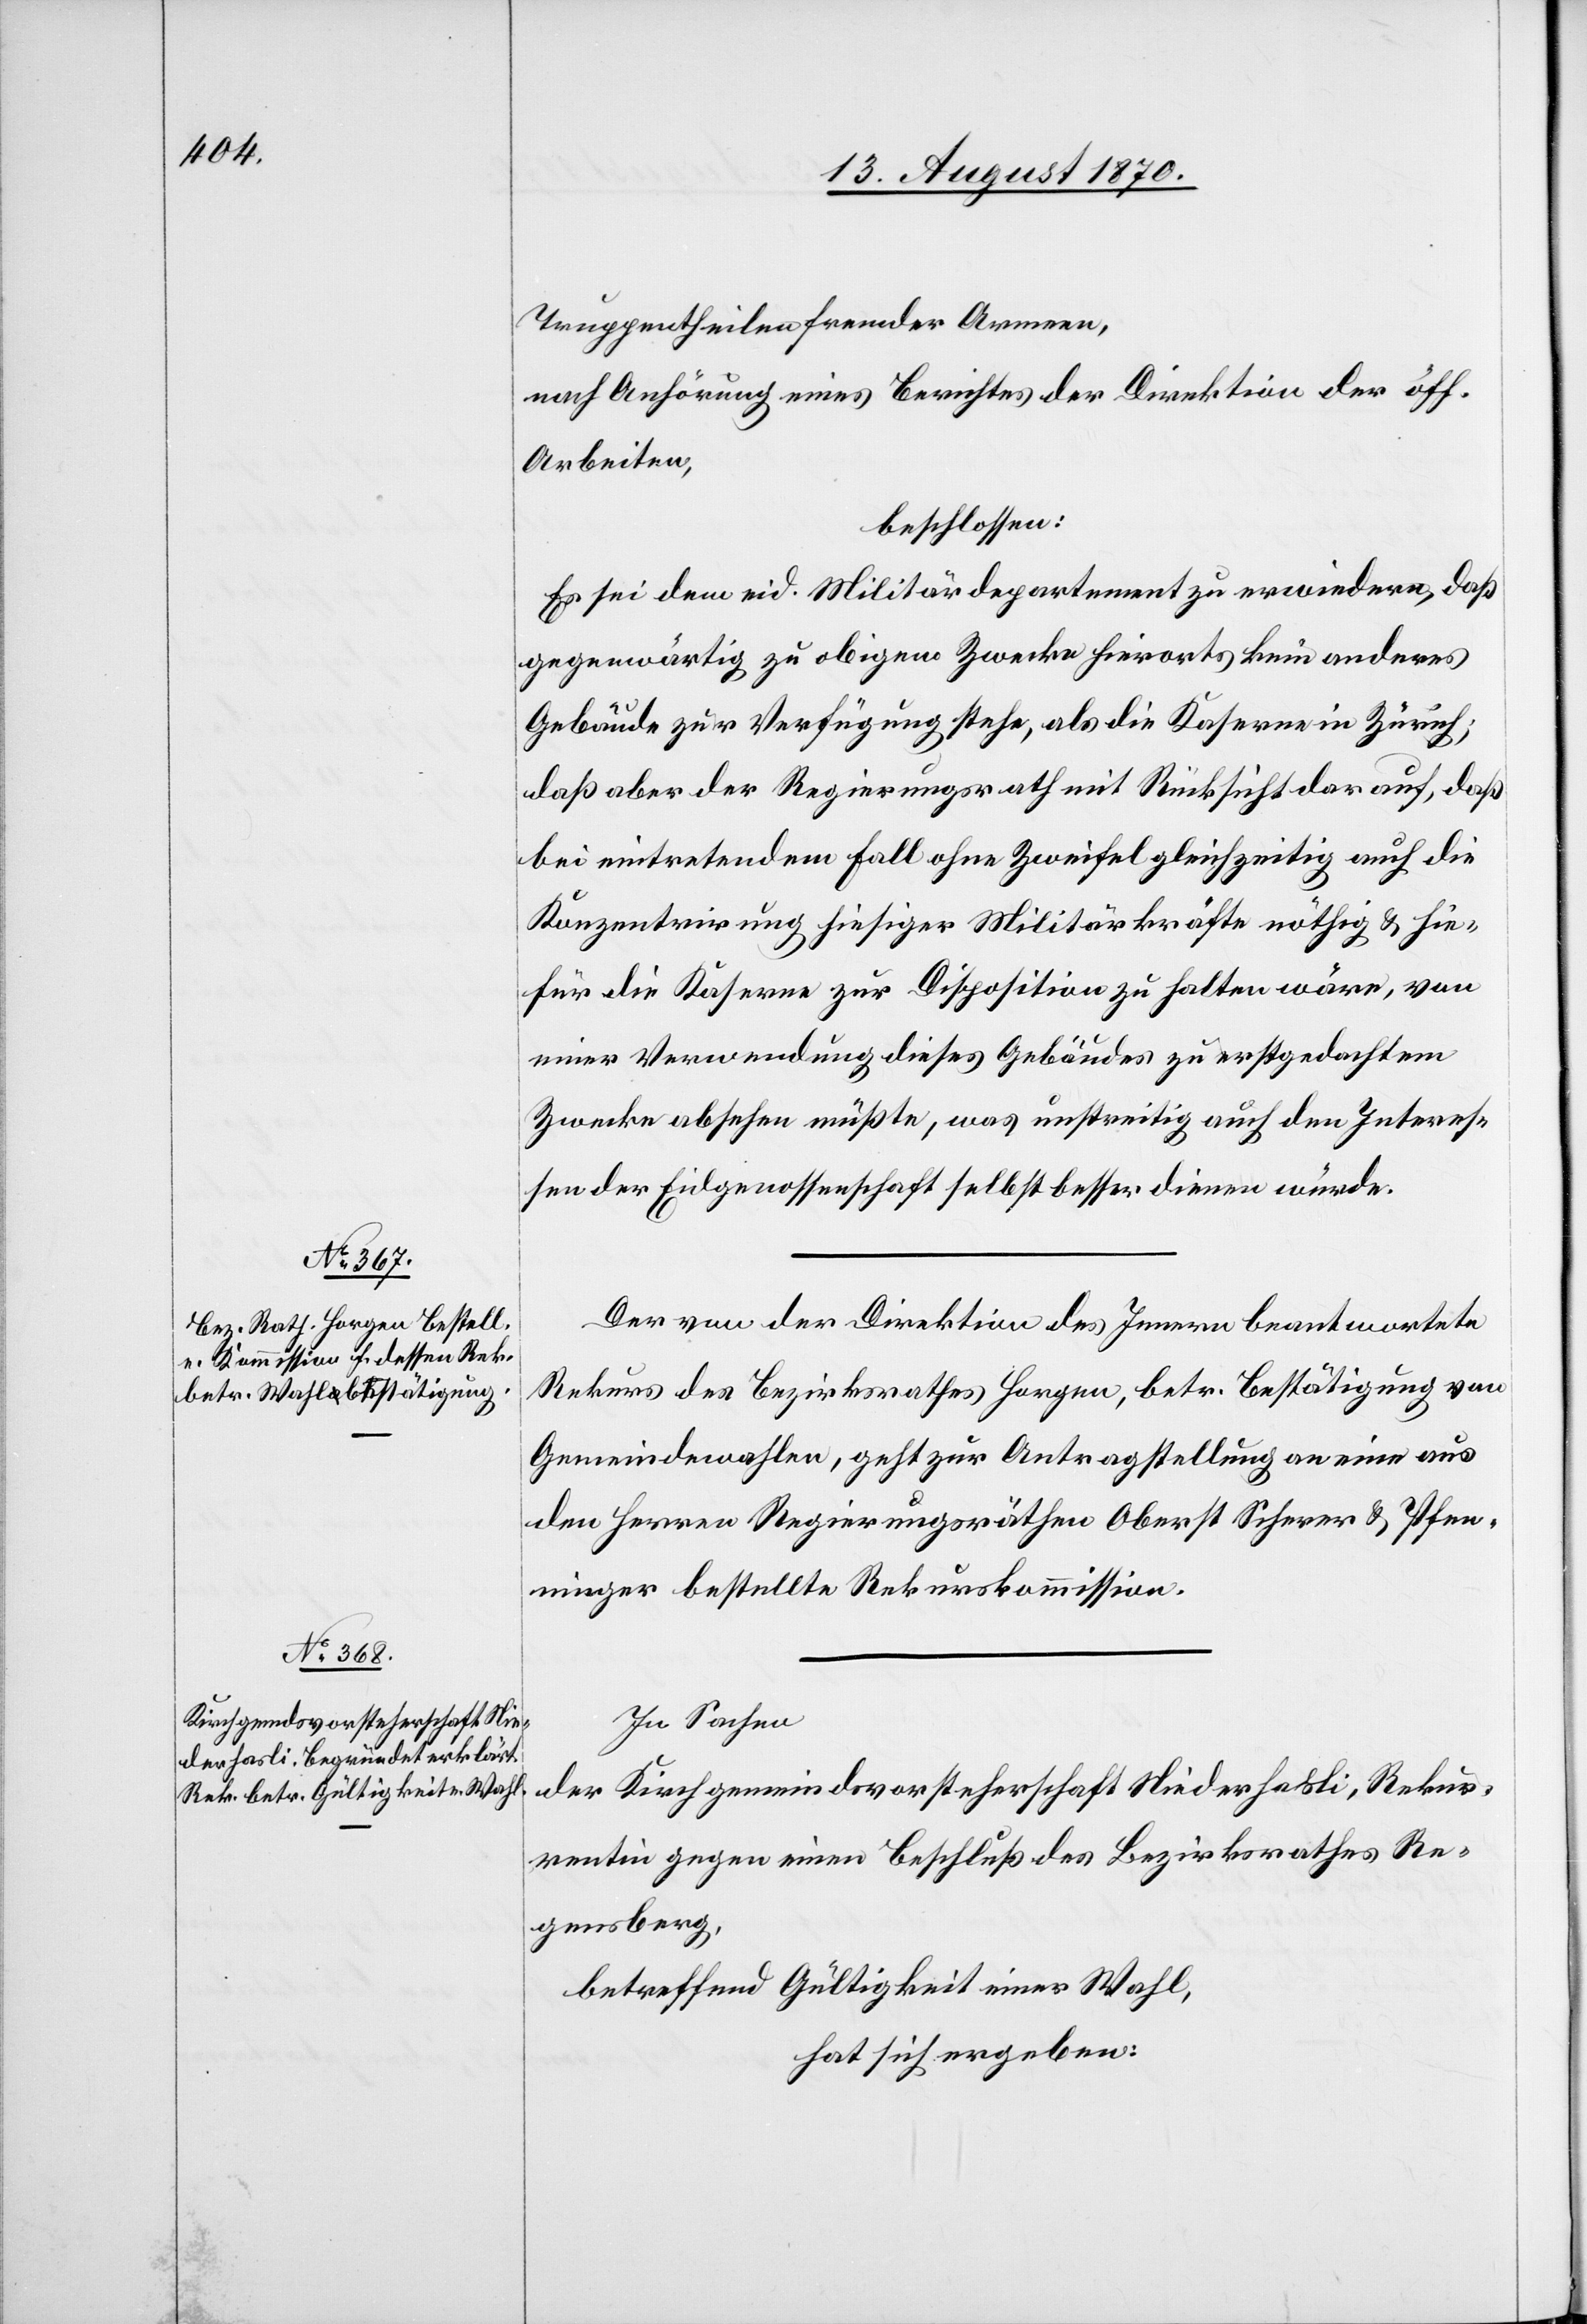
Truppentheilen fremder Armeen,
nach Anhörung eines Berichtes der Direktion der öff.
Arbeiten,
beschlossen:
Es sei dem eid. Militärdepartement zu erwiedern, daß
gegenwärtig zu obigem Zwecke hierorts kein anderes
Gebäude zur Verfügung stehe, als die Kaserne in Zürich;
daß aber der Regierungsrath mit Rücksicht darauf, daß
bei eintretendem Fall ohne Zweifel gleichzeitig auch die
Konzentrirung hiesiger Militärkräfte nöthig & hie¬
für die Kaserne zur Disposition zu halten wäre, von
einer Verwendung dieses Gebäudes zu erstgedachtem
Zwecke absehen müßte, was unstreitig auch den Interes¬
sen der Eidgenossenschaft selbst besser dienen würde.
Der von der Direktion des Innern beantwortete
Rekurs des Bezirksrathes Horgen, betr. Bestätigung von
Gemeindewahlen, geht zur Antragstellung an eine aus
den Herren Regierungsräthen Oberst Scherer & Pfen¬
ninger bestellte Rekurskommission.
In Sachen
der Kirchgemeindsvorsteherschaft Niederhasli, Rekur¬
rentin gegen einen Beschluß des Bezirksrathes Re¬
gensberg,
betreffend Gültigkeit einer Wahl,
hat sich ergeben: